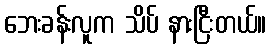
ဘေးခန်းလူက သိပ် နားငြီးတယ်။